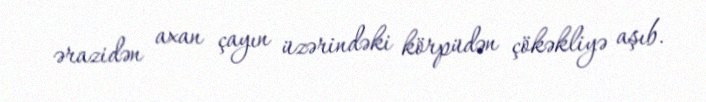
ərazidən axan çayın üzərindəki körpüdən çökəkliyə aşıb.